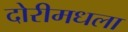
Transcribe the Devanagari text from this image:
दोरीमधला